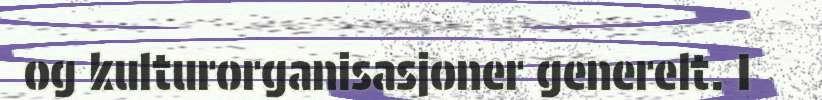
og kulturorganisasjoner generelt. I